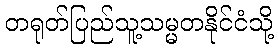
တရုတ်ပြည်သူ့သမ္မတနိုင်ငံသို့